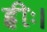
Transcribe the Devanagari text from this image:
ह्रीः।